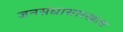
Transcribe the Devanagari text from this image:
जनसंघासारखाच